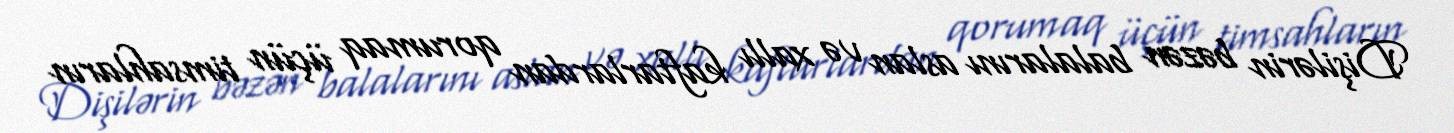
Dişilərin bəzən balalarını aslan və xallı kaftarlardan qorumaq üçün timsahların